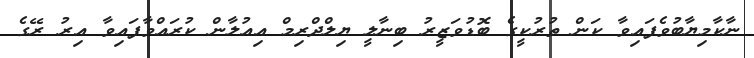
ނާކާމިޔާބުވެފައިވާ ކަން ތުރުކީގެ ބޮޑުވަޒީރު ބިނާލީ ޔިލްދްރިމް އިއުލާން ކުރައްވާފައިވާ އިރު ރޭގެ